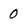
Character: 0